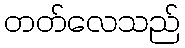
တတ်လေသည်